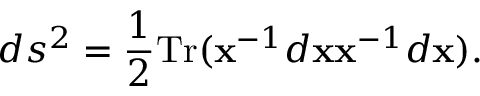
d s ^ { 2 } = { \frac { 1 } { 2 } } \mathrm { T r } ( { \bf x } ^ { - 1 } d { \bf x } { \bf x } ^ { - 1 } d { \bf x } ) .